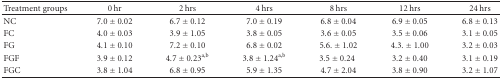
<table><thead><tr><td><b>Treatment groups</b></td><td><b>0 hr</b></td><td><b>2 hrs</b></td><td><b>4 hrs</b></td><td><b>8 hrs</b></td><td><b>12 hrs</b></td><td><b>24 hrs</b></td></tr></thead><tbody><tr><td>NC</td><td>7.0 ± 0.02</td><td>6.7 ± 0.12</td><td>7.0 ± 0.19</td><td>6.8 ± 0.04</td><td>6.9 ± 0.05</td><td>6.8 ± 0.13</td></tr><tr><td>FC</td><td>4.0 ± 0.03</td><td>3.9 ± 1.05</td><td>3.8 ± 0.05</td><td>3.6 ± 0.05</td><td>3.5 ± 0.06</td><td>3.1 ± 0.05</td></tr><tr><td>FG</td><td>4.1 ± 0.10</td><td>7.2 ± 0.10</td><td>6.8 ± 0.02</td><td>5.6.±1.02</td><td>4.3.±1.00</td><td>3.2 ± 0.03</td></tr><tr><td>FGF</td><td>3.9 ± 0.12</td><td>4.7 ± 0.23<sup>a,b</sup></td><td>3.8 ± 1.24<sup>a,b</sup></td><td>3.5 ± 0.24</td><td>3.2 ± 0.40</td><td>3.1 ± 0.19</td></tr><tr><td>FGC</td><td>3.8 ± 1.04</td><td>6.8 ± 0.95</td><td>5.9 ± 1.35</td><td>4.7 ± 2.04</td><td>3.8 ± 0.90</td><td>3.2 ± 1.07</td></tr></tbody></table>